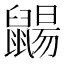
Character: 𪕫